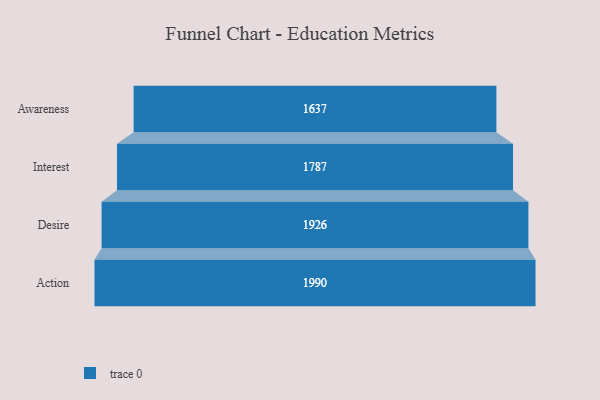
{"axis": {"x": "Stage", "y": "Value"}, "legend": [""], "data": [{"x": "Awareness", "y": 1637.0, "type": ""}, {"x": "Interest", "y": 1787.0, "type": ""}, {"x": "Desire", "y": 1926.0, "type": ""}, {"x": "Action", "y": 1990.0, "type": ""}]}